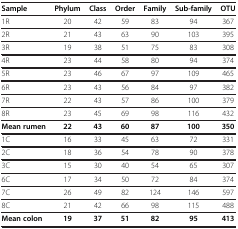
<table><thead><tr><td><b>Sample</b></td><td><b>Phylum</b></td><td><b>Class</b></td><td><b>Order</b></td><td><b>Family</b></td><td><b>Sub-family</b></td><td><b>OTU</b></td></tr></thead><tbody><tr><td>1R</td><td>20</td><td>42</td><td>59</td><td>83</td><td>94</td><td>367</td></tr><tr><td>2R</td><td>21</td><td>43</td><td>63</td><td>90</td><td>103</td><td>395</td></tr><tr><td>3R</td><td>19</td><td>38</td><td>51</td><td>75</td><td>83</td><td>308</td></tr><tr><td>4R</td><td>23</td><td>44</td><td>58</td><td>80</td><td>94</td><td>374</td></tr><tr><td>5R</td><td>23</td><td>46</td><td>67</td><td>97</td><td>109</td><td>465</td></tr><tr><td>6R</td><td>23</td><td>43</td><td>56</td><td>84</td><td>97</td><td>382</td></tr><tr><td>7R</td><td>22</td><td>43</td><td>57</td><td>86</td><td>100</td><td>379</td></tr><tr><td>8R</td><td>23</td><td>45</td><td>69</td><td>98</td><td>116</td><td>432</td></tr><tr><td><b>Mean rumen</b></td><td><b>22</b></td><td><b>43</b></td><td><b>60</b></td><td><b>87</b></td><td><b>100</b></td><td><b>350</b></td></tr><tr><td>1C</td><td>16</td><td>33</td><td>45</td><td>63</td><td>72</td><td>331</td></tr><tr><td>2C</td><td>18</td><td>36</td><td>54</td><td>78</td><td>90</td><td>378</td></tr><tr><td>3C</td><td>15</td><td>30</td><td>40</td><td>54</td><td>65</td><td>307</td></tr><tr><td>6C</td><td>17</td><td>34</td><td>50</td><td>72</td><td>84</td><td>374</td></tr><tr><td>7C</td><td>26</td><td>49</td><td>82</td><td>124</td><td>146</td><td>597</td></tr><tr><td>8C</td><td>21</td><td>42</td><td>66</td><td>98</td><td>115</td><td>488</td></tr><tr><td><b>Mean colon</b></td><td><b>19</b></td><td><b>37</b></td><td><b>51</b></td><td><b>82</b></td><td><b>95</b></td><td><b>413</b></td></tr></tbody></table>